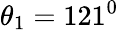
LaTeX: \theta_{1}=121^{0}